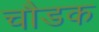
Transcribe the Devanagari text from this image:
चौडक